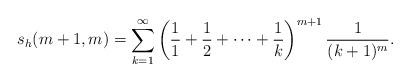
LaTeX: \begin{align*} s_h(m+1,m) = \sum_{k=1}^{\infty} \left( \frac{1}{1} + \frac{1}{2} + \cdots + \frac{1}{k} \right)^{m+1} \frac{1}{(k+1)^m}.\end{align*}